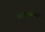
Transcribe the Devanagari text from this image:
चातुण्र्वण्य